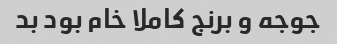
جوجه و برنج کاملا خام بود بد